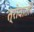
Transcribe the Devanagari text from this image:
त्रोवातोरे